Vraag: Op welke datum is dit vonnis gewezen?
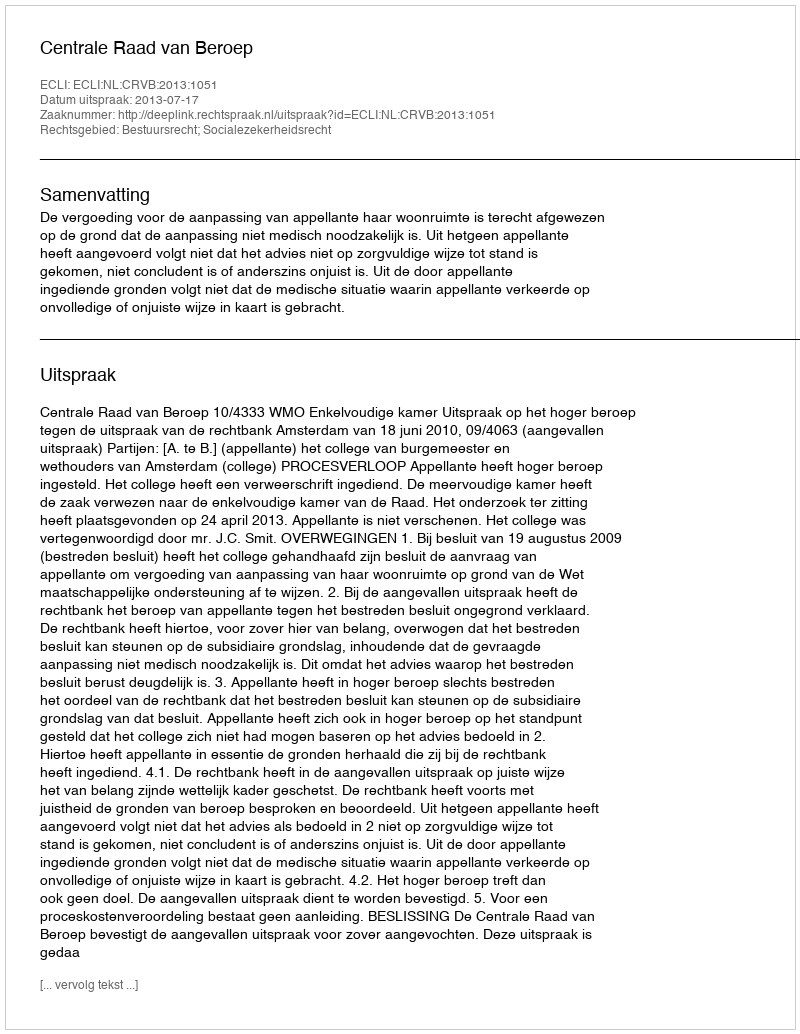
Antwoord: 2013-07-17